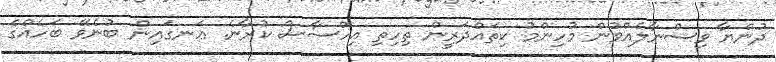
ދުންޔާ ވިސްނާލެއްވުން މުހިންމު ކިތައްދަރީން ތިހިތި އިހްސާސް ކުރާނެ. ޢަނގައިން ބުނެވޭ ބަހެއްގެ